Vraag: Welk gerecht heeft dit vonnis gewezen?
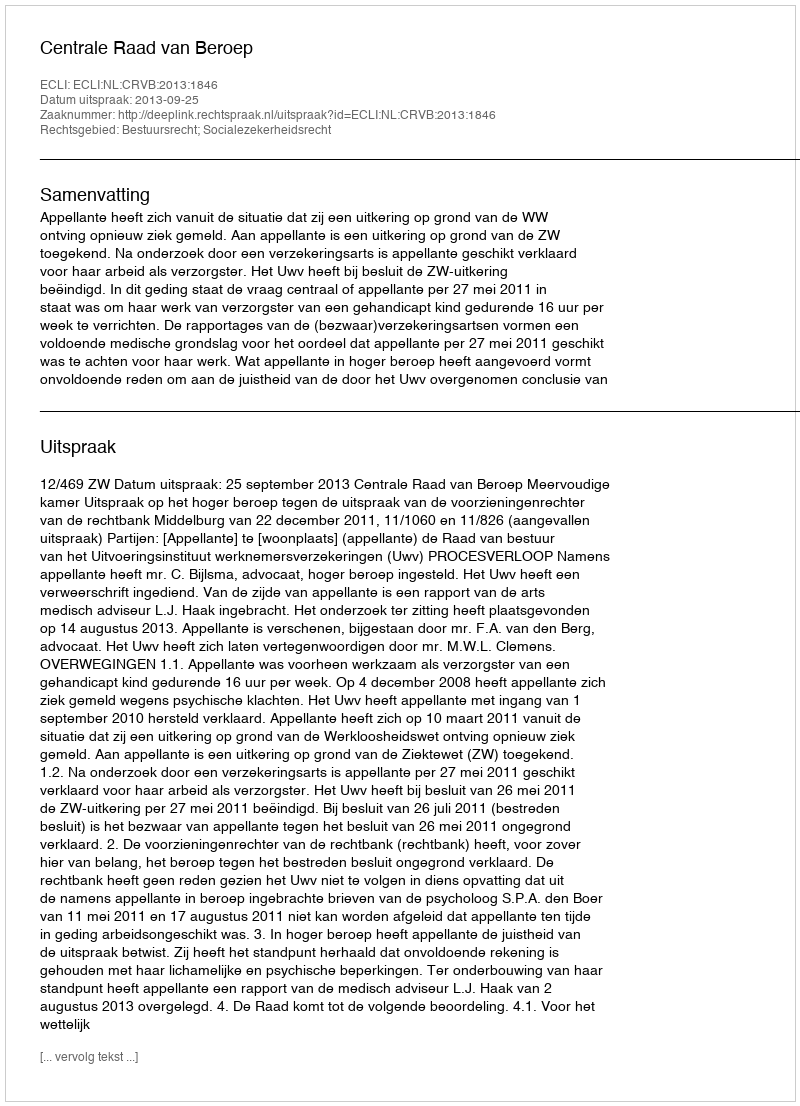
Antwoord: Centrale Raad van Beroep